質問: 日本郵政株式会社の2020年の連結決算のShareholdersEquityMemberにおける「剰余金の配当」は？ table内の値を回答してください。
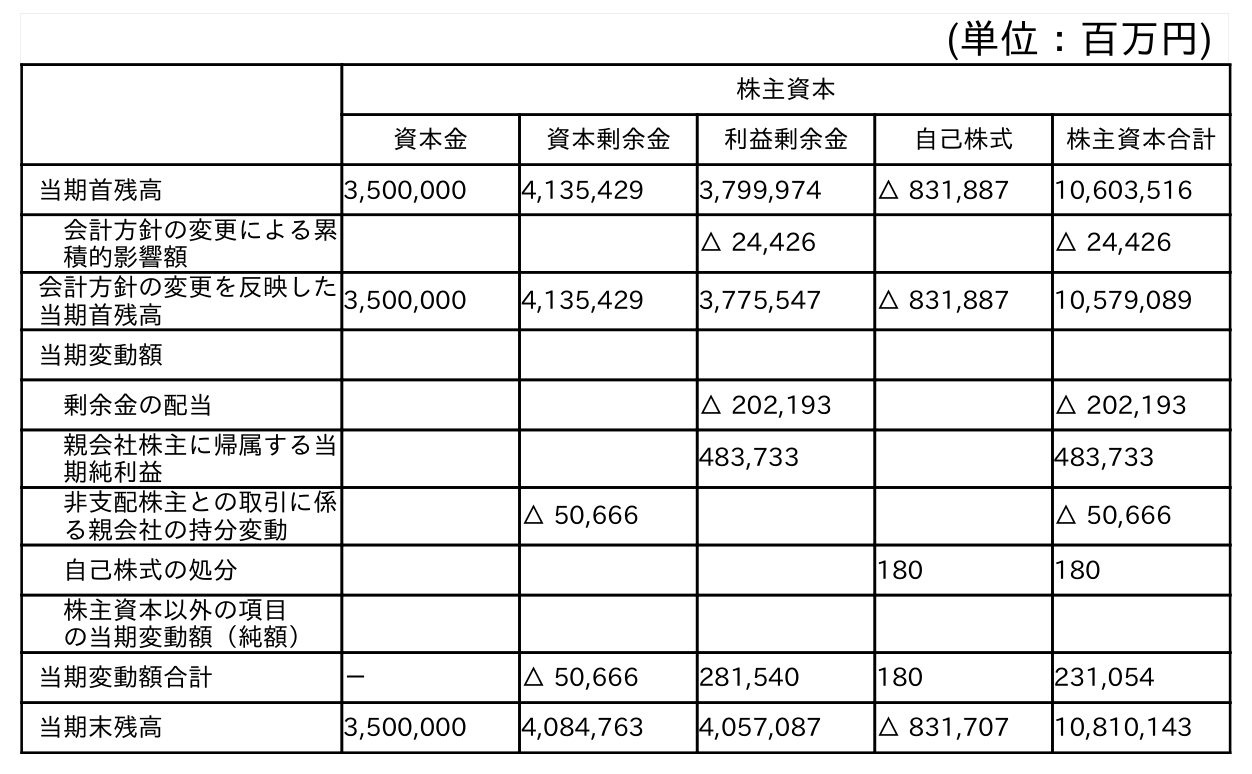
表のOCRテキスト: (単位：百万円) 株主資本 資本金 資本剰余金 利益剰余金 自己株式 株主資本合計 当期首残高 3,500,000 4,135,429 3,799,974 △ 831,887 10,603,516 会計方針の変更による累 積的影響額 △ 24,426 △ 24,426 会計方針の変更を反映した 当期首残高 3,500,000 4,135,429 3,775,547 △ 831,887 10,579,089 当期変動額 剰余金の配当 △ 202,193 △ 202,193 親会社株主に帰属する当 期純利益 483,733 483,733 非支配株主との取引に係 る親会社の持分変動 △ 50,666 △ 50,666 自己株式の処分 180 180 株主資本以外の項目 の当期変動額（純額） 当期変動額合計 － △ 50,666 281,540 180 231,054 当期末残高 3,500,000 4,084,763 4,057,087 △ 831,707 10,810,143
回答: △202,193